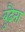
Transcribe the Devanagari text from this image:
बुढ़ैना